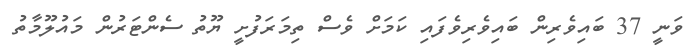
ވަނީ 37 ބައިވެރިން ބައިވެރިވެފައި ކަމަށް ވެސް ތިމަރަފުށީ ޔޫތު ސެންޓަރުން މައުލޫމާތު